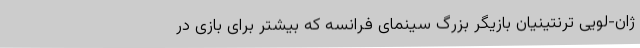
ژان-لویی ترنتینیان بازیگر بزرگ سینمای فرانسه که بیشتر برای بازی در